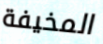
المخيفة